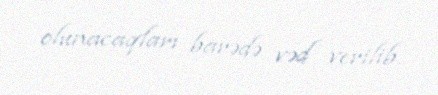
olunacaqları barədə vəd verilib.